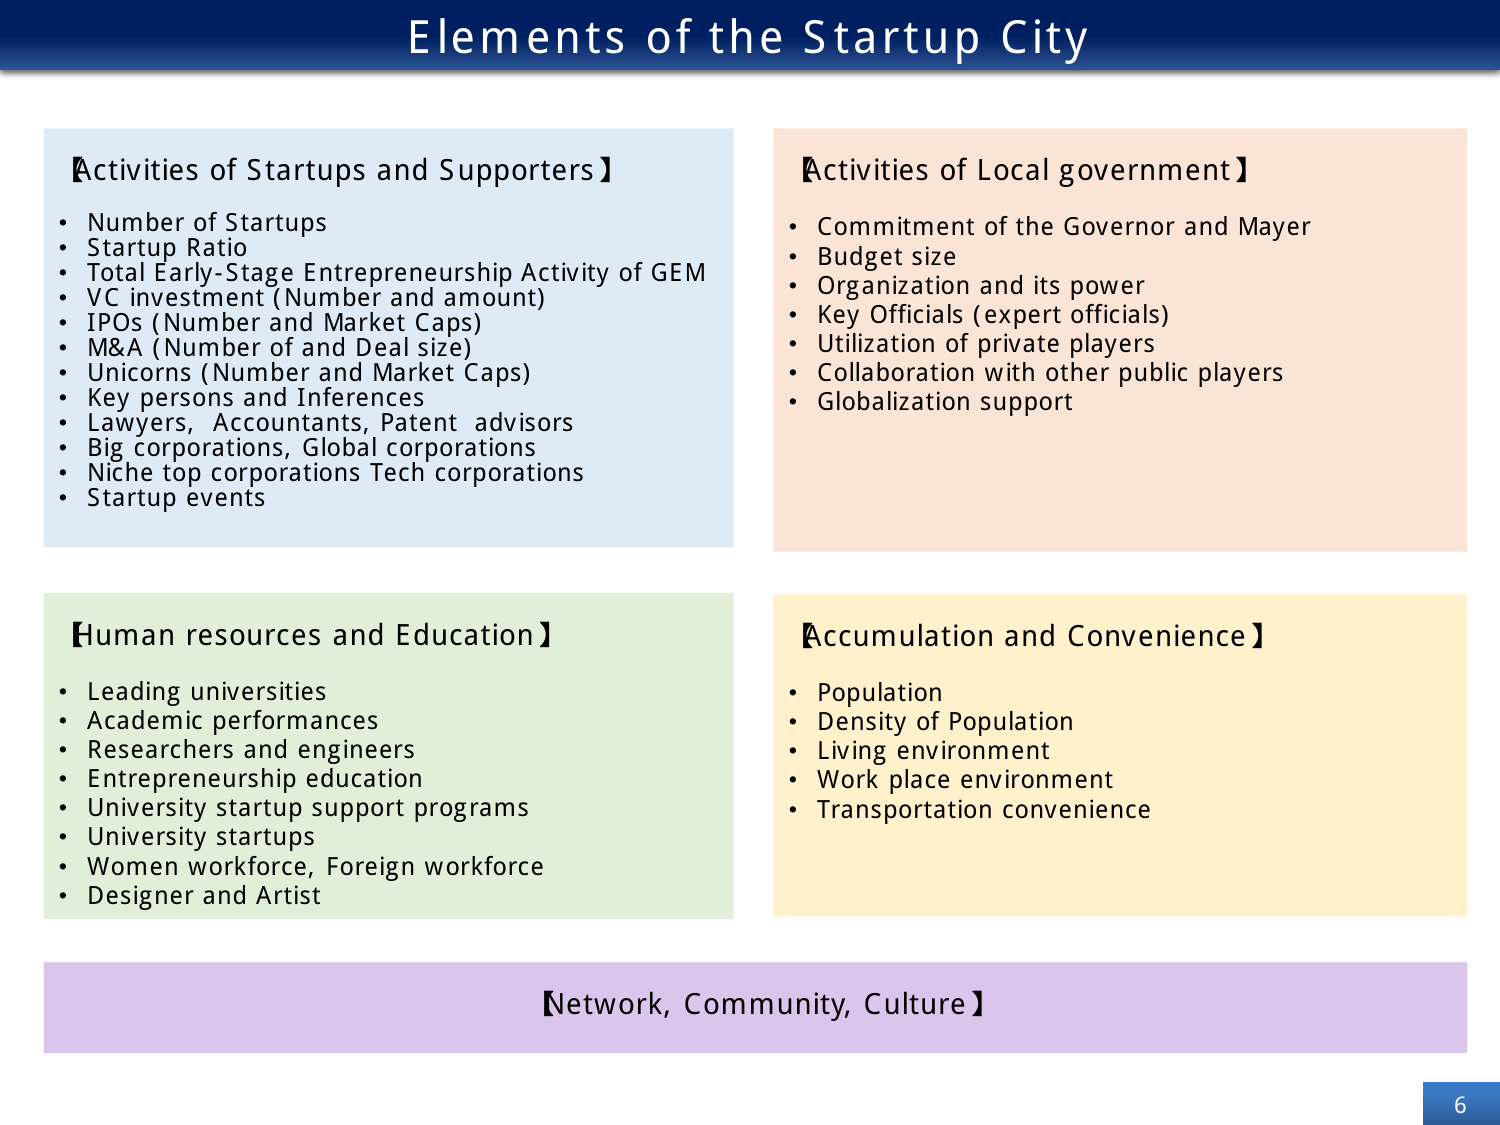
Elements of the Startup City

【Activities of Startups and Supporters】
• Number of Startups
• Startup Ratio
• Total Early-Stage Entrepreneurship Activity of GEM
• VC investment (Number and amount)
• IPOs (Number and Market Caps)
• M&A (Number of and Deal size)
• Unicorns (Number and Market Caps)
• Key persons and Inferences
• Lawyers, Accountants, Patent advisors
• Big corporations, Global corporations
• Niche top corporations Tech corporations
• Startup events

【Activities of Local government】
• Commitment of the Governor and Mayer
• Budget size
• Organization and its power
• Key Officials (expert officials)
• Utilization of private players
• Collaboration with other public players
• Globalization support

【Human resources and Education】
• Leading universities
• Academic performances
• Researchers and engineers
• Entrepreneurship education
• University startup support programs
• University startups
• Women workforce, Foreign workforce
• Designer and Artist

【Accumulation and Convenience】
• Population
• Density of Population
• Living environment
• Work place environment
• Transportation convenience

【Network, Community, Culture】

6